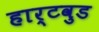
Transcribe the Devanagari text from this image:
हार्टवुड